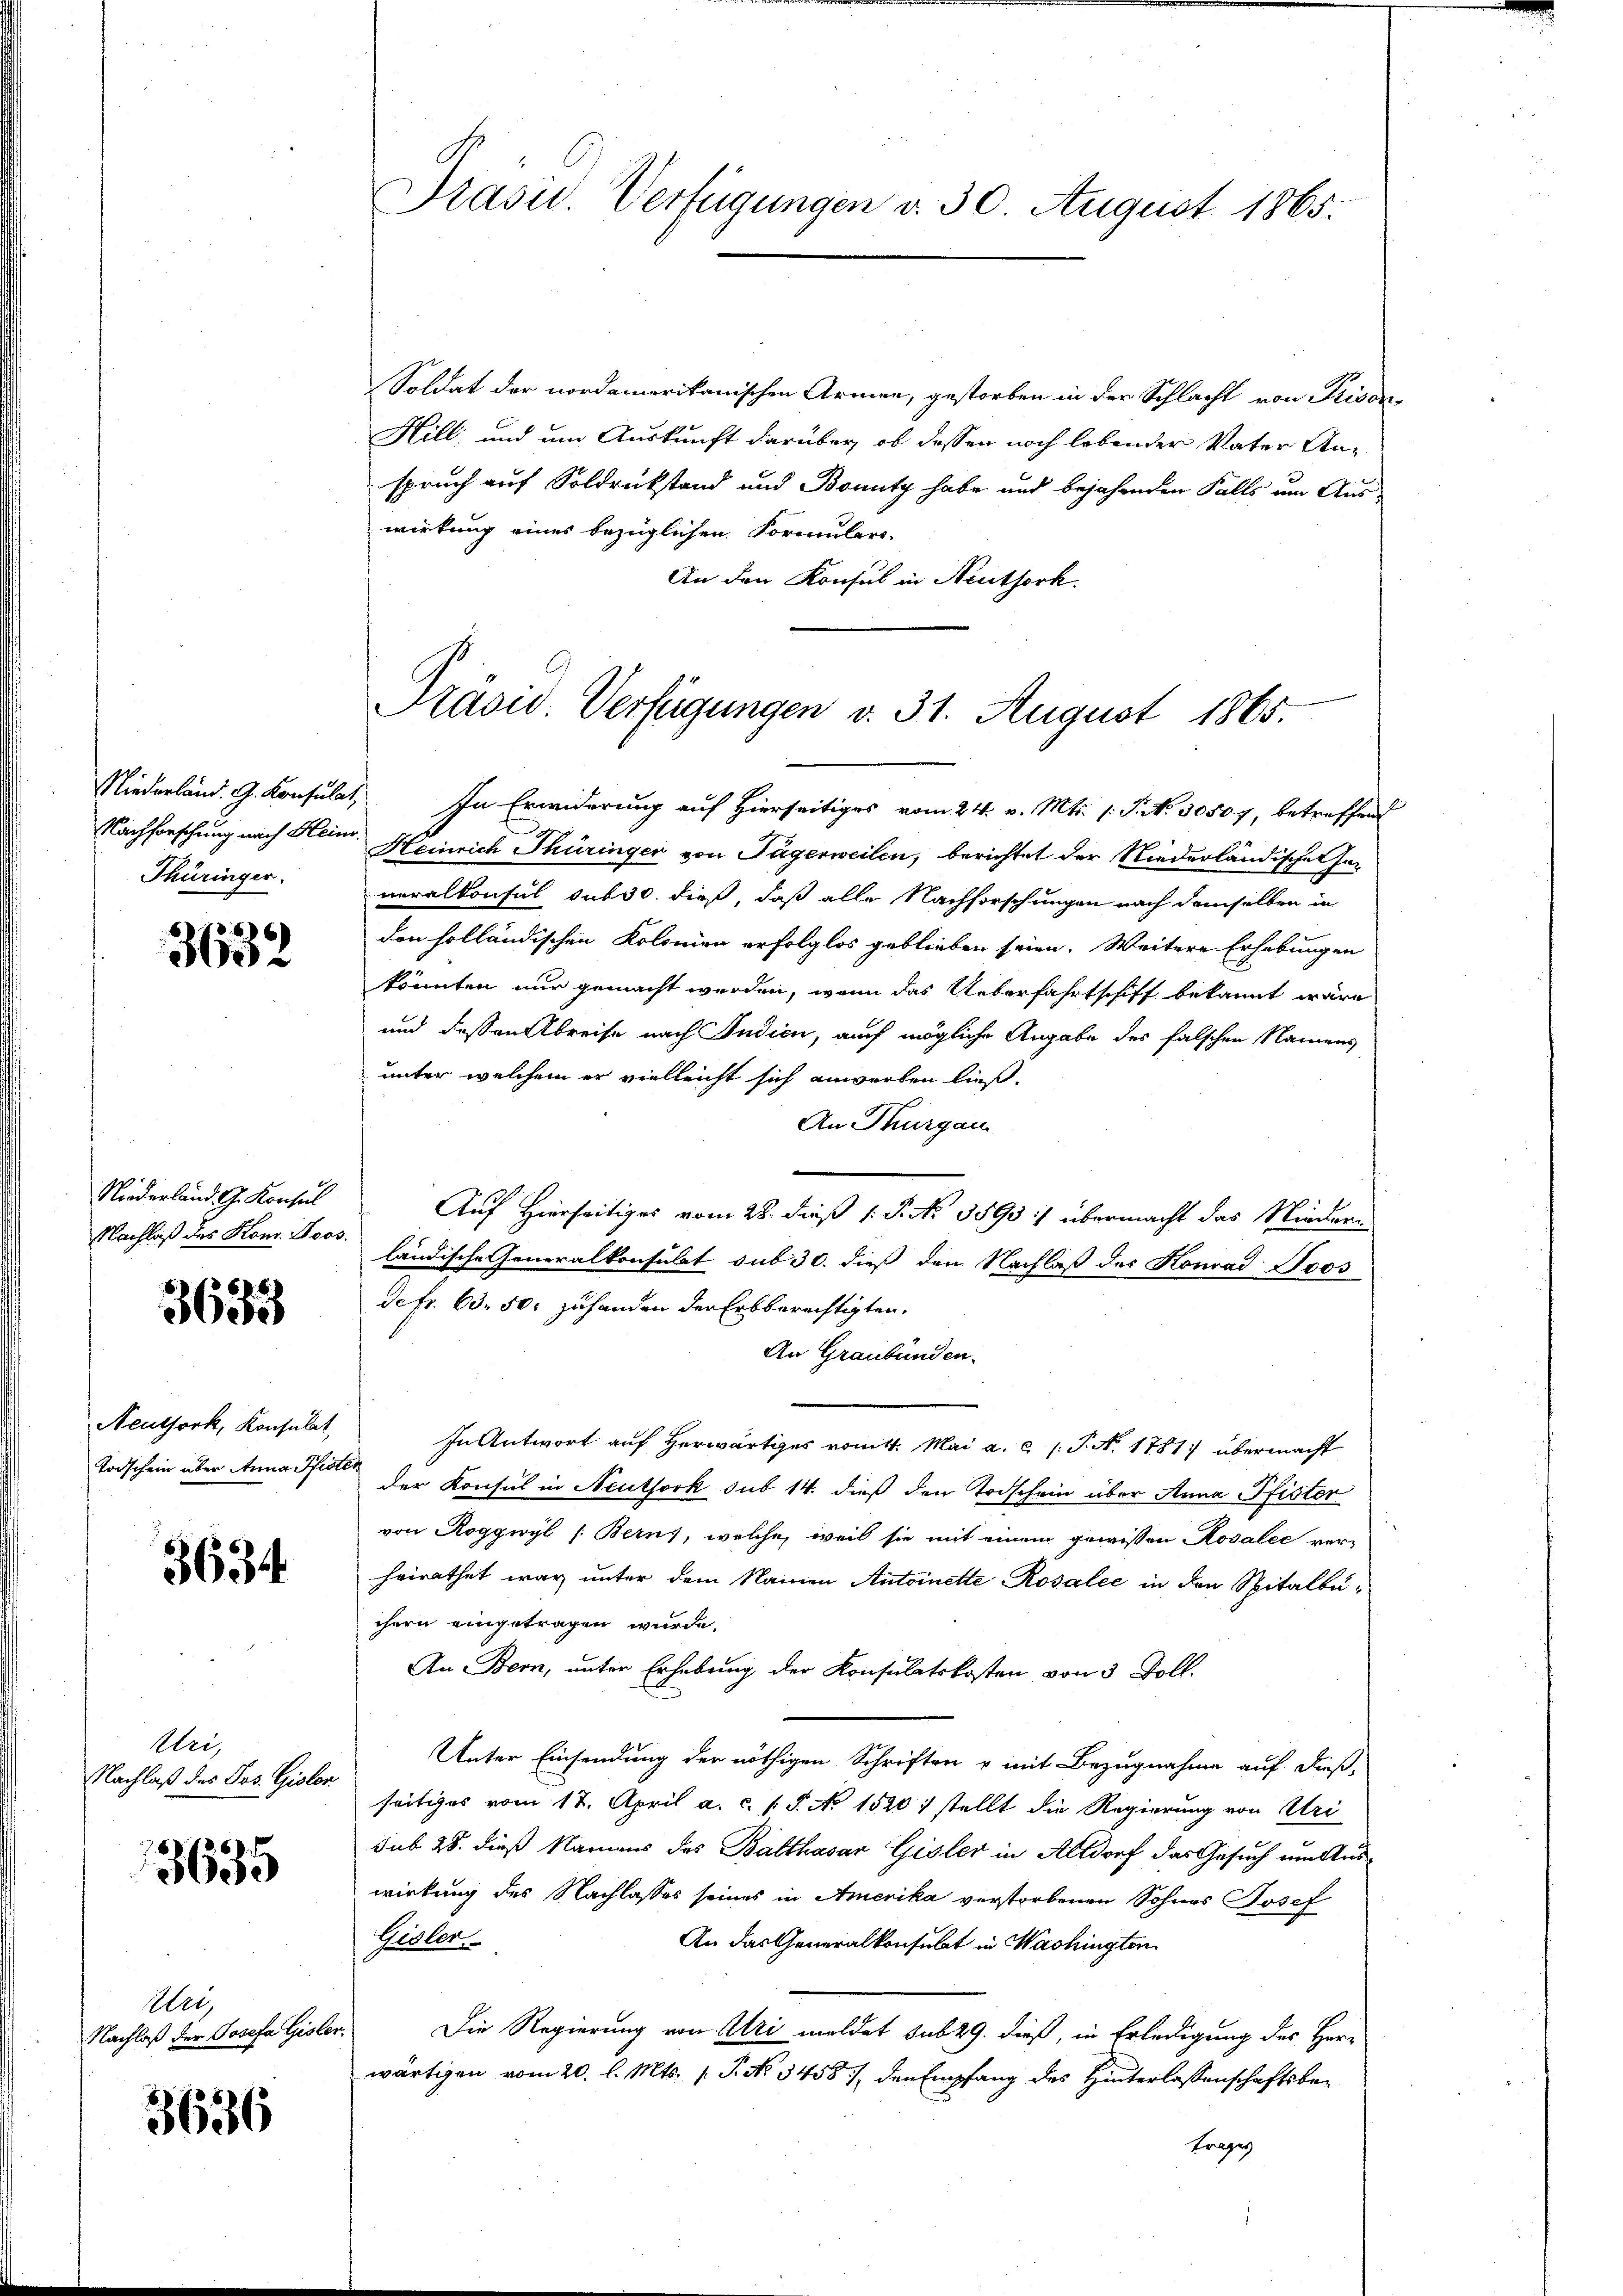
Niederländ. G. Konsulat,
Nachforschung nach Heinr
Thüringer.

6)
30

Niederland G. Konsul
Nachlaß des Kon. Joos.

3635

Neuthork, Konsulat
Todschein über Anna Pfiste

3634.

Uri,
Nachlaß des Jos. Gisler

3635

Abei
Nachlaß der Josefa Gisler

3636

Drasud. Verfügungen v. 30 August 1865.

Soldat der nordamerikanischen Armen, gestorben in der Schlacht von Privan¬
Hill, und um Auskunft darüber, ob dessen noch lebender Vater Anspruch auf Soldrückstand und Bonity habe und bejahenden Falls um Auswirkung eines bezüglichen Formular-
An den Konsul in Neuthork.

Präsid. Verfügungen v. 31. August 1865.

In Erwiderung auf Hierseitiges vom 24. v. Mts. (T. No. 30507, betreffend
Heinrich Thüringer von Tägerweilen, berichtet der Niederländischen her
neralkonsul sub 30. dieß, daß alle Nachforschungen nach demselben in
den holländischen Kolonien erfolglos geblieben seien. Weitere Erhebungen
könnten nur gemacht werden, wenn das Ueberfahrtschiff bekannt wäre
und dessen Abreise nach Indieu, auch mögliche Angabe des falschen Namens
unter welchem er vielleicht sich anwerben ließ.
An Thurgau
Auf Hierseitiges vom 28. dieß (: P. Nr. 1893 :/ übermacht das Niederländische Generalkonsulat sub 30. dieß den Nachlaß des Konrad Joos
defr. 63. 50. zuhanden der Erbberechtigten.
An Graubünden.
In Antwort auf herwärtiges vomtt. Mai a. c. (T. N. 1781 übermacht
der Konsul in Neuthork sub 14. dieß den Todschein über Anna Pfister
von Roggwyl (Berns, welche, weil sie mit einem gewissen Rosalie verheirathet war unter dem Namen Antoinette Rosalić in den Spitalbüchern eingetragen wurde.
An Bern, unter Erhebung der Konsulatskosten von 3 Doll.
Unter Einsendung der nöthigen Schriften & mit Bezugnahme auf dieß,
seitiges vom 17. April a. c. s. S. No 1520 1 stellt die Regierung von Uri
sub 28. dieß Namens des Balthasar Gisler in Altdorf das Gesuch um Auswirkung des Nachlasses seines in Amerika verstorbenen Sohnes Josef
An das Generalkonsulat in Washington
Gisler.
Die Regierung von Uri meldet sub 29. dieß, in Erledigung des Herwärtigen vom 20. l. Mts. (T. No 3458 / den Empfang des Hinterlassenschaftsbe¬
Trages